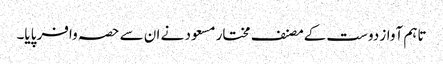
تاہم آواز دوست کےمصنف مختار مسعود نے ان سے حصہ وافر پایا۔